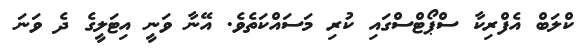
ކްލަބް އެފްރިކާ ސްޕޯޓްސްގައި ކުރި މަސައްކަތެވެ. އޭނާ ވަނީ އިޓަލީގެ ދެ ވަނަ